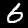
Label: 6